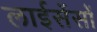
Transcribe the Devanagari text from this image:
लाईसेंसों